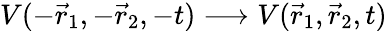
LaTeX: V(-\vec{r}_{1},-\vec{r}_{2},-t)\longrightarrow V(\vec{r}_{1},\vec{r}_{2},t)